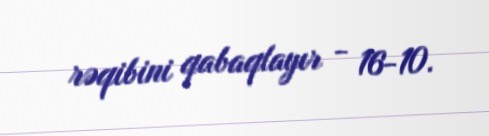
rəqibini qabaqlayır - 16-10.